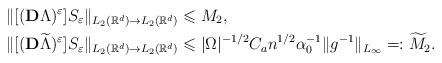
LaTeX: \begin{align*}&\Vert [(\mathbf{D}\Lambda )^\varepsilon] S _\varepsilon \Vert _{L_2(\mathbb{R}^d)\rightarrow L_2(\mathbb{R}^d)}\leqslant M_2,\\&\Vert [(\mathbf{D}\widetilde{\Lambda})^\varepsilon] S _\varepsilon \Vert _{L_2(\mathbb{R}^d)\rightarrow L_2(\mathbb{R}^d)} \leqslant \vert \Omega \vert ^{-1/2}C_a n^{1/2}\alpha _0^{-1}\Vert g^{-1}\Vert _{L_\infty}=:\widetilde{M}_2.\end{align*}